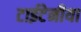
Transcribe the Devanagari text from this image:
टाईटेनीया